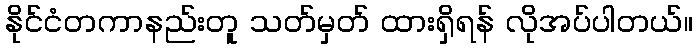
နိုင်ငံတကာနည်းတူ သတ်မှတ် ထားရှိရန် လိုအပ်ပါတယ်။